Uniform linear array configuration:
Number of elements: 24
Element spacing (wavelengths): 0.25
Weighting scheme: hann
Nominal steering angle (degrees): -30
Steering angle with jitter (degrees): -29.421
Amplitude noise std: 0.05
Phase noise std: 0.05

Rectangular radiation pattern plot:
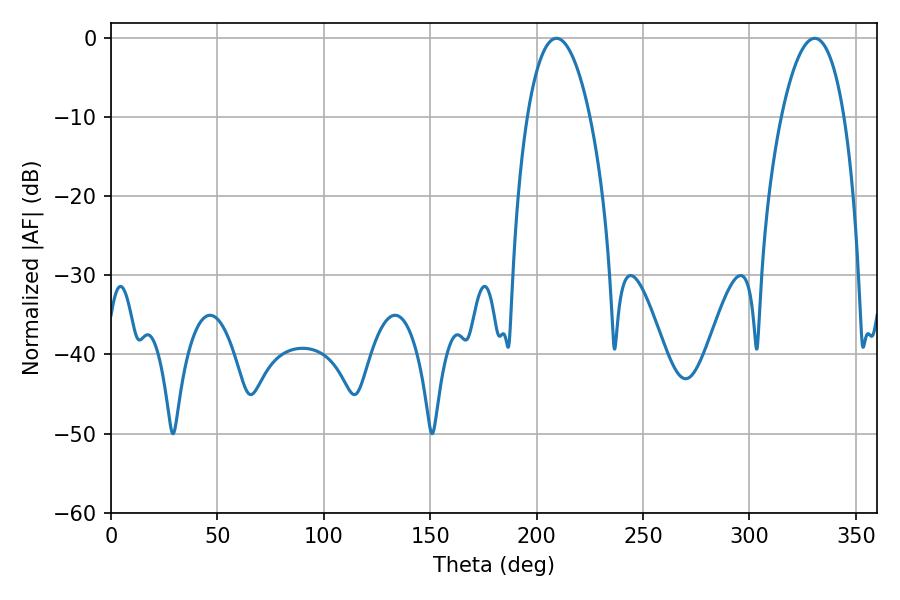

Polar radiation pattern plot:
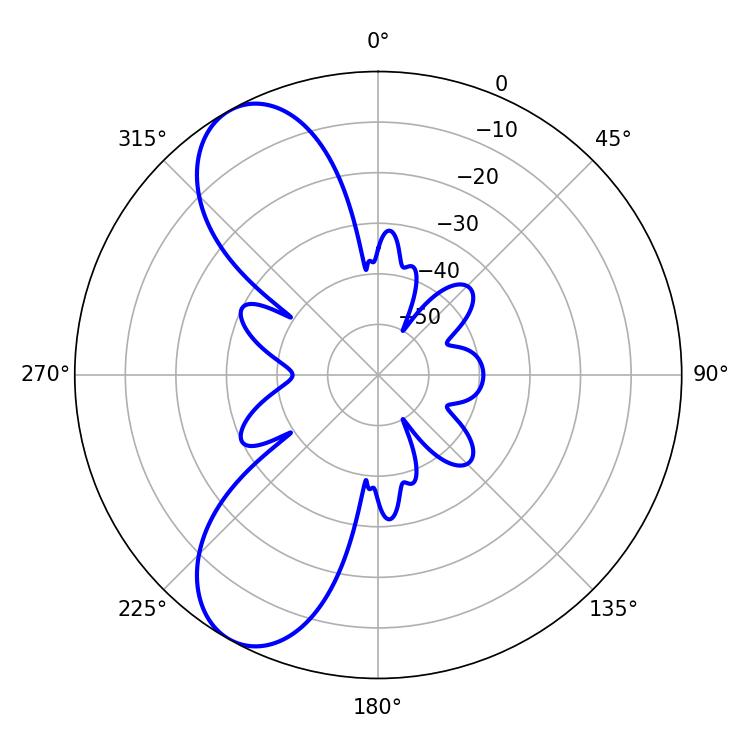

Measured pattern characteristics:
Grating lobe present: FALSE
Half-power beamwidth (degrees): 16.38
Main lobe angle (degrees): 209.34